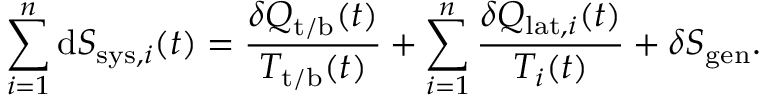
\sum _ { i = 1 } ^ { n } \mathrm { d } S _ { \mathrm { s y s } , i } ( t ) = \frac { \delta Q _ { \mathrm { t / b } } ( t ) } { T _ { \mathrm { t / b } } ( t ) } + \sum _ { i = 1 } ^ { n } \frac { \delta Q _ { \mathrm { l a t } , i } ( t ) } { T _ { i } ( t ) } + \delta S _ { \mathrm { g e n } } .